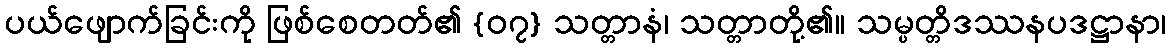
ပယ်ဖျောက်ခြင်းကို ဖြစ်စေတတ်၏ {၀၇} သတ္တာနံ၊ သတ္တာတို့၏။ သမ္ပတ္တိဒဿနပဒဋ္ဌာနာ၊